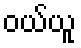
ဝယ်ယူ